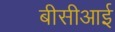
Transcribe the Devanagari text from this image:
बीसीआई